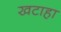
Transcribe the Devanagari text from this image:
खटाहा